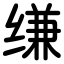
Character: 缣